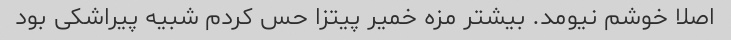
اصلا خوشم نیومد. بیشتر مزه خمیر پیتزا حس کردم شبیه پیراشکی بود